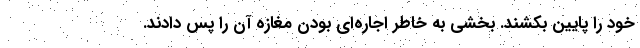
خود را پایین بکشند. بخشی به خاطر اجاره‌ای بودن مغازه آن را پس دادند.